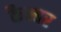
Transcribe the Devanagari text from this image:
कैम्बर